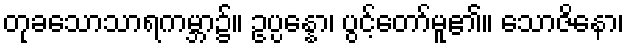
တုခသောသာရကမ္ဘာ၌။ ဥပ္ပန္နော၊ ပွင့်တော်မူ၏။ သောဇိနော၊